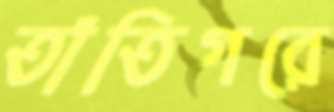
তাঁতিগরে